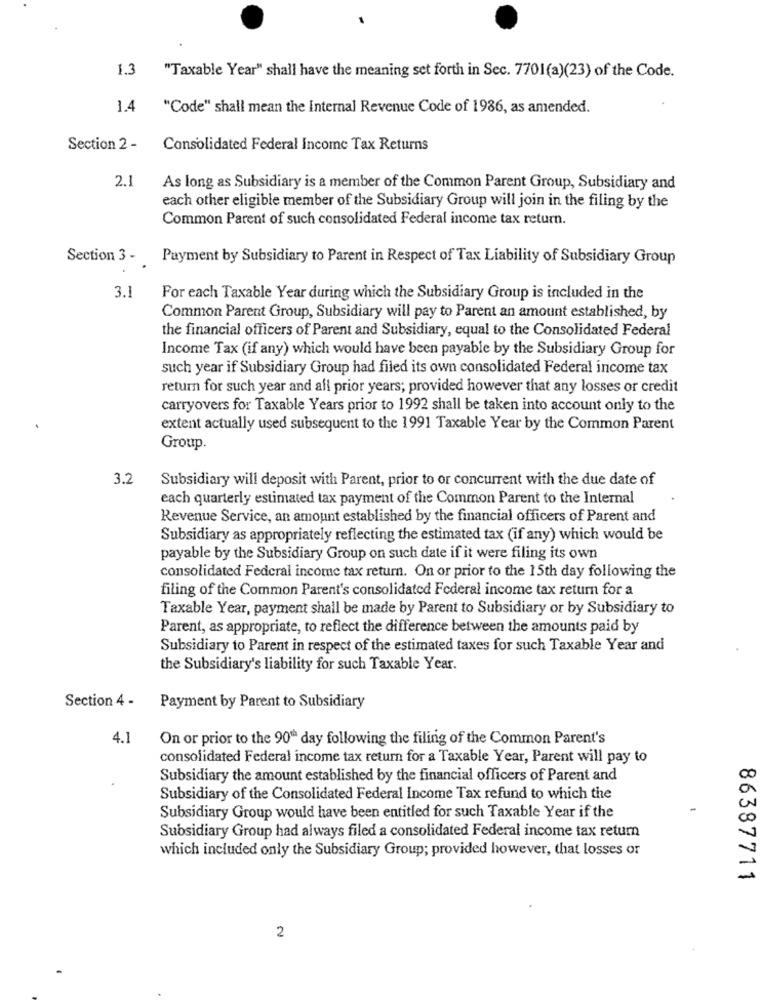
1.3
"Taxable Year" shall have the meaning set forth in Sec. 7701(a)(23) of the Code.
1.4 "Code" shall mean the Internal Revenue Code of 1986, as amended.
Section 2 -
Consolidated Federal Income Tax Returns
2.1
As long as Subsidiary is a member of the Common Parent Group, Subsidiary and
each other eligible member of the Subsidiary Group will join in the filing by the
Common Parent of such consolidated Federal income tax return.
Section 3 -
Payment by Subsidiary to Parent in Respect of Tax Liability of Subsidiary Group
3.1
For each Taxable Year during which the Subsidiary Group is included in the
Common Parent Group, Subsidiary will pay to Parent an amount established, by
the financial officers of Parent and Subsidiary, equal to the Consolidated Federal
Income Tax (if any) which would have been payable by the Subsidiary Group for
such year if Subsidiary Group had filed its own consolidated Federal income tax
return for such year and all prior years; provided however that any losses or credit
carryovers for Taxable Years prior to 1992 shall be taken into account only to the
extent actually used subsequent to the 1991 Taxable Year by the Common Parent
Group.
3.2
Subsidiary will deposit with Parent, prior to or concurrent with the due date of
each quarterly estimated tax payment of the Common Parent to the Internal
Revenue Service, an amount established by the financial officers of Parent and
Subsidiary as appropriately reflecting the estimated tax (if any) which would be
payable by the Subsidiary Group on such date if it were filing its own
consolidated Federal income tax return. On or prior to the 15th day following the
filing of the Common Parent's consolidated Federal income tax return for a
Taxable Year, payment shall be made by Parent to Subsidiary or by Subsidiary to
Parent, as appropriate, to reflect the difference between the amounts paid by
Subsidiary to Parent in respect of the estimated taxes for such Taxable Year and
the Subsidiary's liability for such Taxable Year.
Section 4 -
Payment by Parent to Subsidiary
4.1
On or prior to the 90" day following the filing of the Common Parent's
consolidated Federal income tax return for a Taxable Year, Parent will pay to
Subsidiary the amount established by the financial officers of Parent and
Subsidiary of the Consolidated Federal Income Tax refund to which the
Subsidiary Group would have been entitled for such Taxable Year if the
Subsidiary Group had always filed a consolidated Federal income tax return
which included only the Subsidiary Group; provided however, that losses or
86387711
2